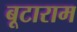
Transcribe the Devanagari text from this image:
बूटाराम